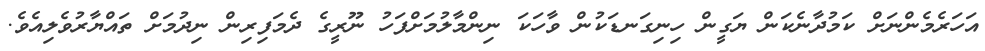
އަހަރެމެންނަށް ކަމުދާނެކަން ޔަގީން ހިނިގަނޑަކުން ވާހަކަ ނިންމާލުމަށްފަހު ނޫރީގެ ދެމަފިރިން ނިދުމަށް ތައްޔާރުވެލިއެވެ.